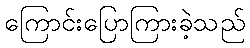
ကြောင်းပြောကြားခဲ့သည်